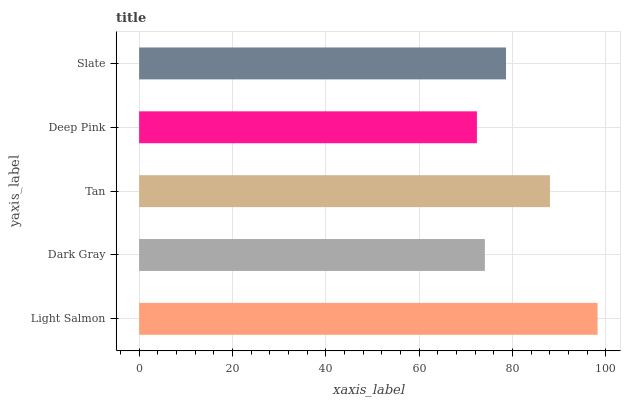
| yaxis_label | bars |
 | --- | --- |
 | Light Salmon | 98.2 |
 | Dark Gray | 74.1 |
 | Tan | 88 |
 | Deep Pink | 72.4 |
 | Slate | 78.6 |